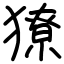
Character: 獠